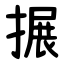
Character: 搌